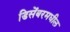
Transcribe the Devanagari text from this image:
डिसेंबरमधील